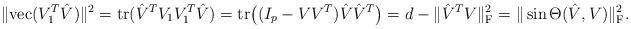
LaTeX: \begin{align*}\|\mathrm{vec}(V_1^T\hat{V})\|^2 = \mathrm{tr}(\hat{V}^TV_1V_1^T\hat{V}) = \mathrm{tr}\bigl((I_p - VV^T)\hat{V}\hat{V}^T\bigr) = d - \|\hat{V}^TV\|_\mathrm{F}^2 = \|\sin \Theta(\hat{V},V)\|_\mathrm{F}^2.\end{align*}